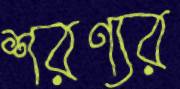
শরণ্যর